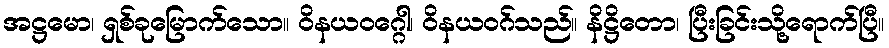
အဋ္ဌမော၊ ရှစ်ခုမြောက်သော။ ဝိနယဝဂ္ဂေါ၊ ဝိနယဝဂ်သည်။ နိဋ္ဌိတော၊ ပြီးခြင်းသို့ရောက်ပြီ။